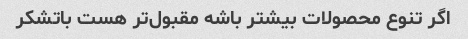
اگر تنوع محصولات بیشتر باشه مقبول‌تر هست باتشکر